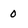
Character: 0